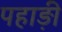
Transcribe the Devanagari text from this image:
पहाड़़ी